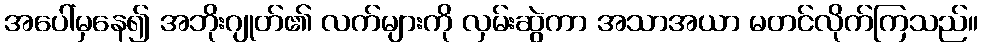
အပေါ်မှနေ၍ အဘိုးဂျုတ်၏ လက်များကို လှမ်းဆွဲကာ အသာအယာ မတင်လိုက်ကြသည်။